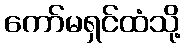
ကော်မရှင်ထံသို့